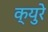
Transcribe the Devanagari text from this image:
क्युरे